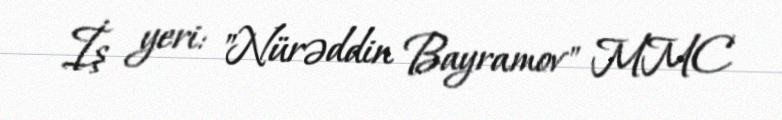
İş yeri: "Nürəddin Bayramov" MMC